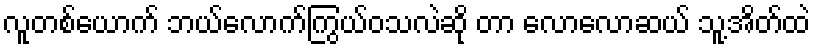
လူတစ်ယောက် ဘယ်လောက်ကြွယ်ဝသလဲဆို တာ လောလောဆယ် သူ့အိတ်ထဲ